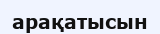
арақатысын